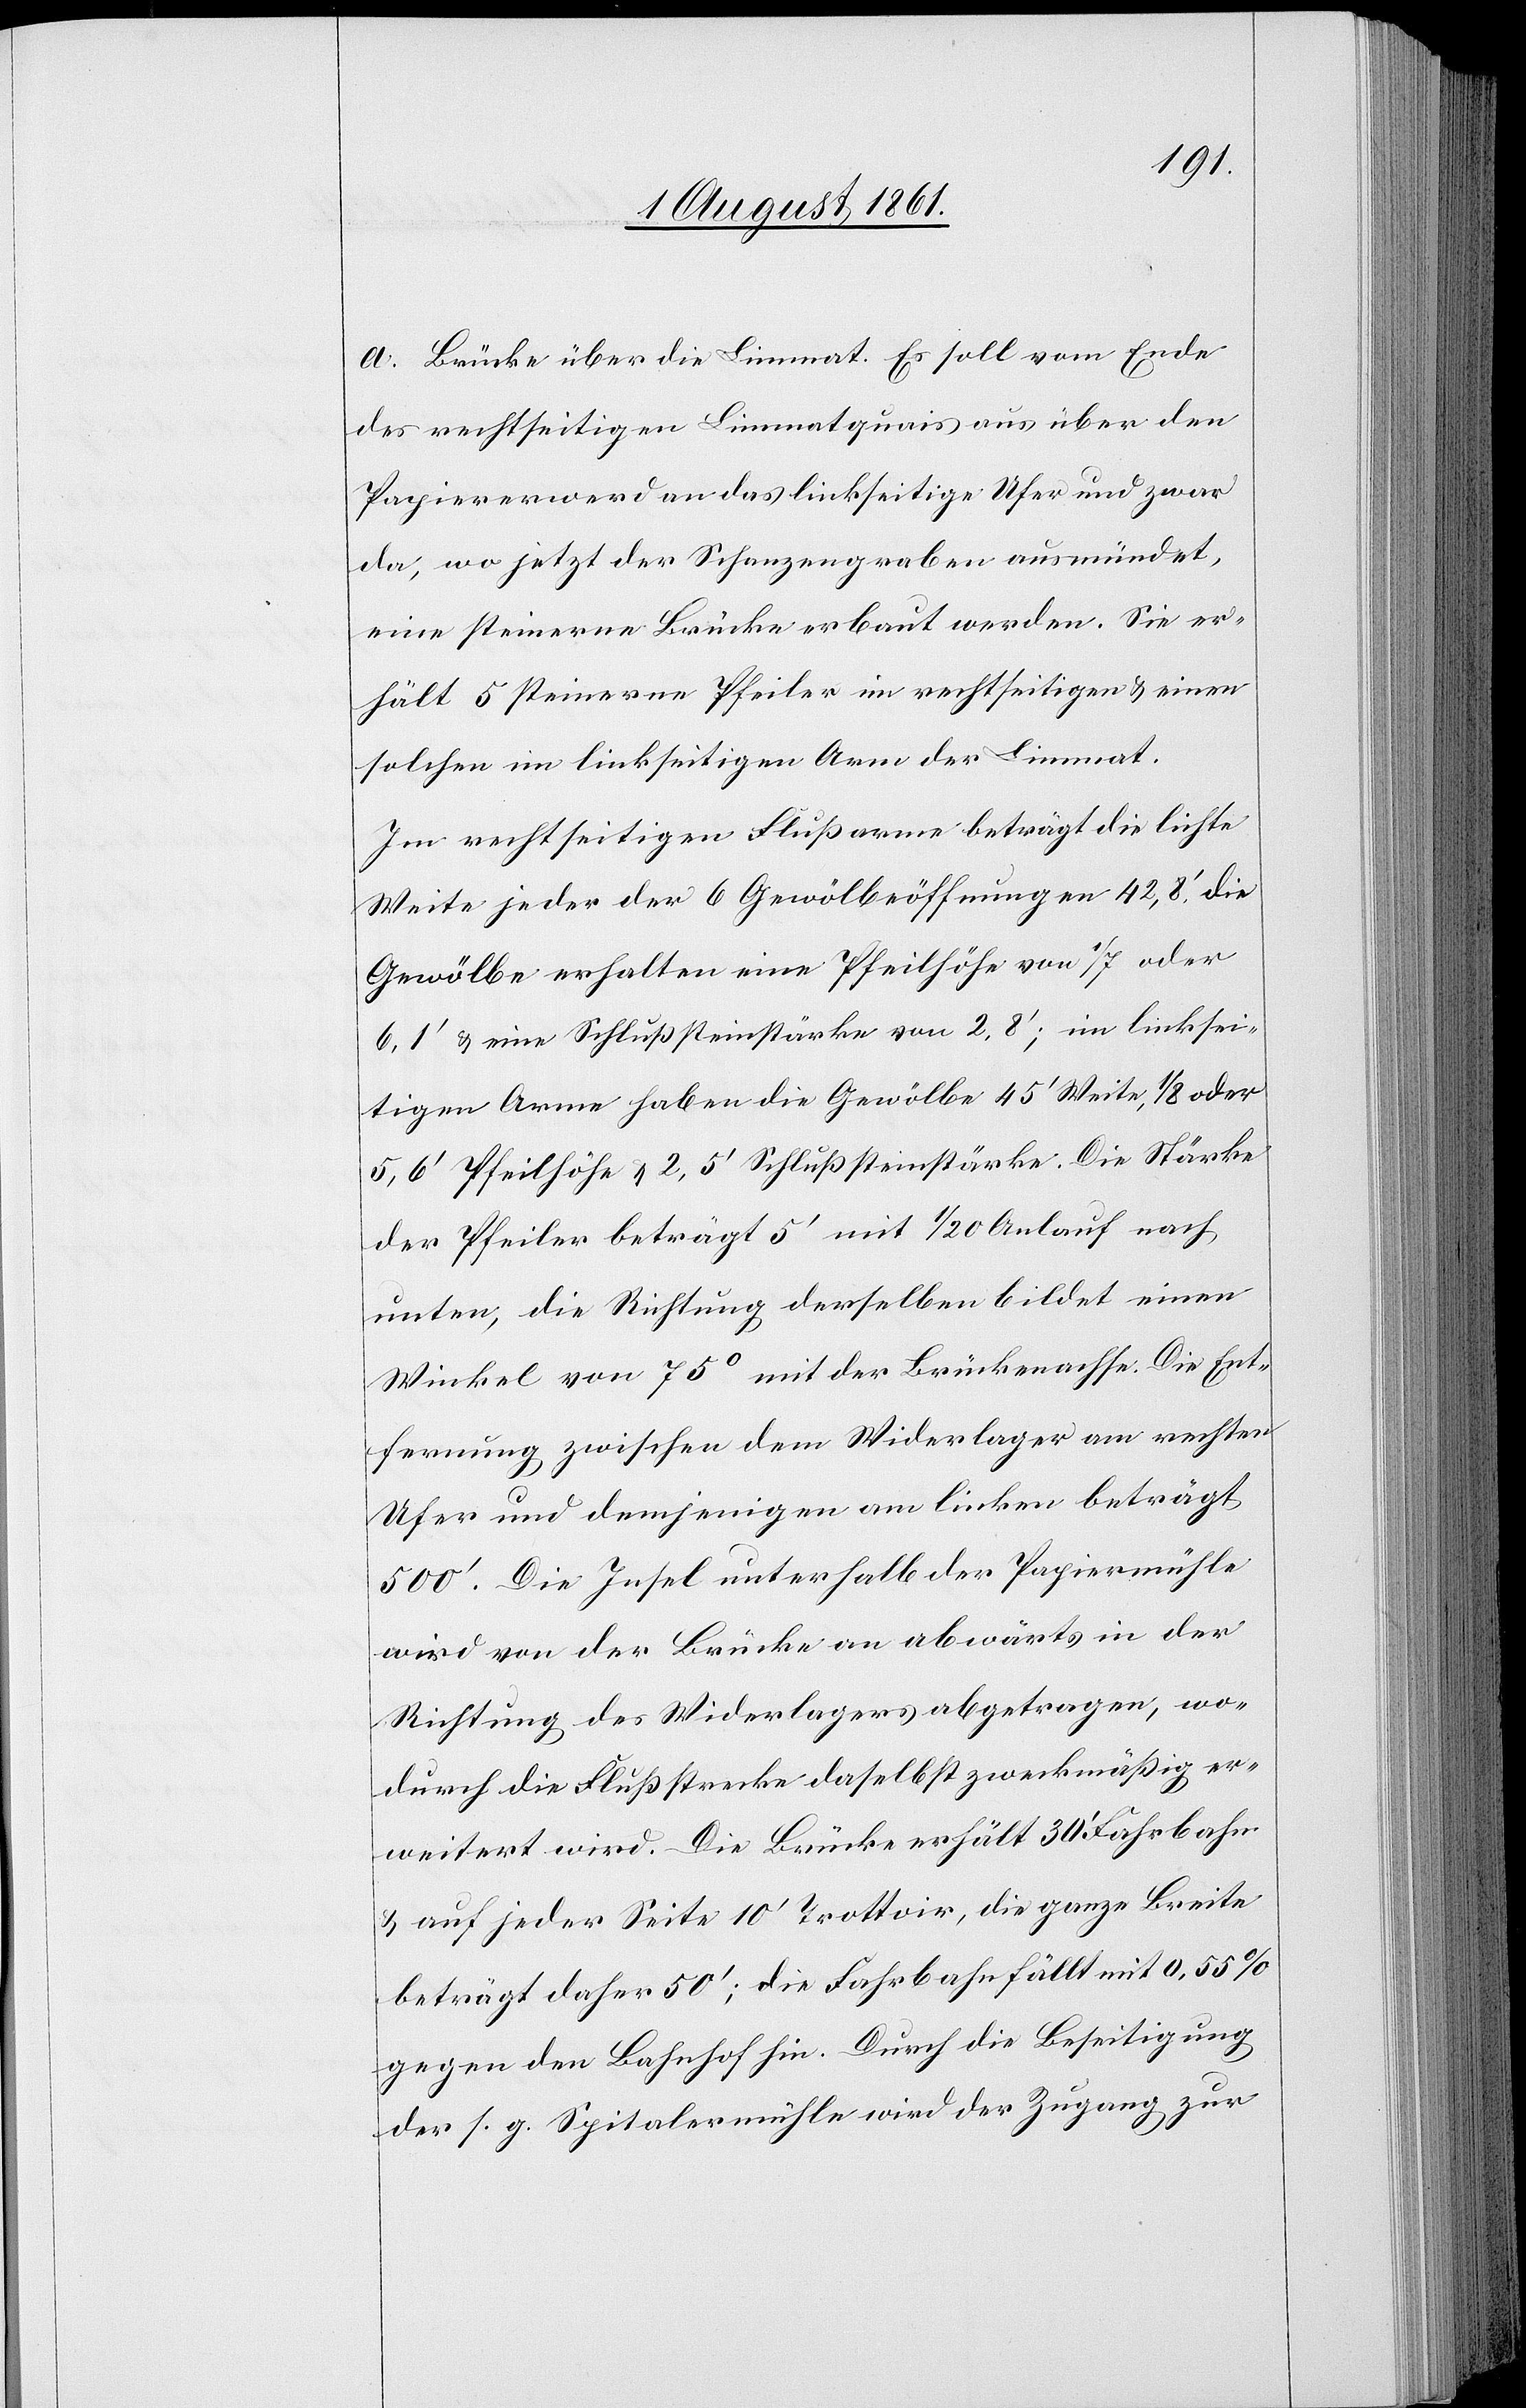
a. Brücke über die Limmat. Es soll vom Ende
des rechtseitigen Limmatquais aus über den
Papiererwerd an das linkseitige Ufer und zwar
da, wo jetzt der Schanzengraben ausmündet,
eine steinerne Brücke erbaut werden. Sie er¬
hält 5 steinerne Pfeiler im rechtseitigen u. einen
solchen im linkseitigen Arm der Limmat.
Im rechtseitigen Flußarme beträgt die lichte
Weite jeder der 6 Gewölböffnungen 42,8’ die
Gewölbe erhalten eine Pfeilhöhe von 1/7 oder
6,1’ u. eine Schlußsteinstärke von 2.8’; im linksei¬
tigen Arme haben die Gewölbe 45’ Weite, 1/8 oder
5,6’ Pfeilhöhe u. 2,5’ Schlußsteinstärke. Die Stärke
der Pfeiler beträgt 5’ mit 1/20 Anlauf nach
unten, die Richtung derselben bildet einen
Winkel von 75o mit der Brückenachse. Die Ent¬
fernung zwischen dem Widerlager am rechten
Ufer und demjenigen am linken beträgt
500’. Die Insel unterhalb der Papiermühle
wird von der Brücke an abwärts in der
Richtung des Widerlagers abgetragen, wo¬
durch die Flußstrecke daselbst zweckmäßig er¬
weitert wird. Die Brücke erhält 30’ Fahrbahn
u. auf jeder Seite 10’ Trottoir, die ganze Breite
beträgt daher 50’, die Fahrhabe fällt mit 0,55%
gegen den Bahnhof hin. Durch die Beseitigung
der s. g. Spitalmühle wird der Zugang zur